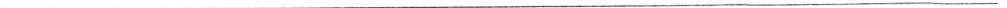
___